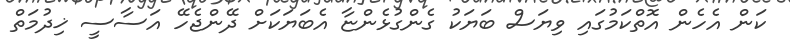
ކަން އެހެން އޮތްކަމުގައި ވިޔަސް ބަޔަކު ގެންގުޅެންޏާ އެބަޔަކަށް ދޭންޖެހޭ އަސާސީ ޚިދުމަތް